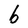
Character: b